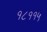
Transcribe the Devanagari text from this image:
१८११५